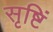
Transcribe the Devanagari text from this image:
सृष्टिं